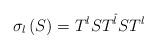
LaTeX: \begin{align*}\sigma _{l}\left( S\right) =T^{l}ST^{\hat{l}}ST^{l}\end{align*}